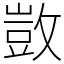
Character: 敳